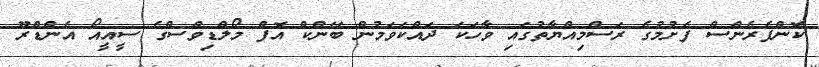
ކޮންފެރެންސް ފެށުމުގެ ރަސްމިއްޔާތުގައި ވާހަކަ ދައްކަވަމުން ބޭންކް އޮފް މޯލްޑިވްސްގެ ސީއީއޯ އެންޑްރޫ